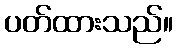
ပတ်ထားသည်။